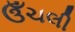
ઉઁચલી